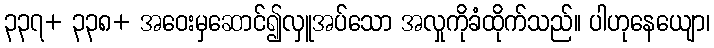
၃၃၇+ ၃၃၈+ အဝေးမှဆောင်၍လှူအပ်သော အလှုကိုခံထိုက်သည်။ ပါဟုနေယျော၊